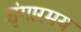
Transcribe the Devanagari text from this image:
शृंगारमय